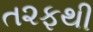
ત૨ફથી